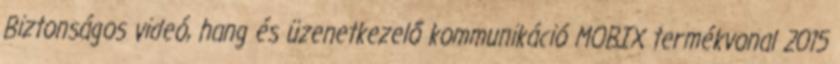
Biztonságos videó, hang és üzenetkezelő kommunikáció MOBIX termékvonal 2015